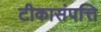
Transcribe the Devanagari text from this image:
टीकासंपत्ति